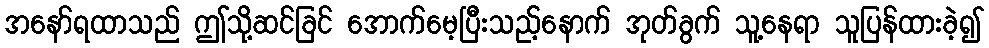
အနော်ရထာသည် ဤသို့ဆင်ခြင် အောက်မေ့ပြီးသည့်နောက် အုတ်ခွက် သူ့နေရာ သူပြန်ထားခဲ့၍